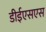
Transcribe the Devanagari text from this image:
डीईएसएस